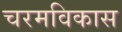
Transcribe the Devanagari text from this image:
चरमविकास